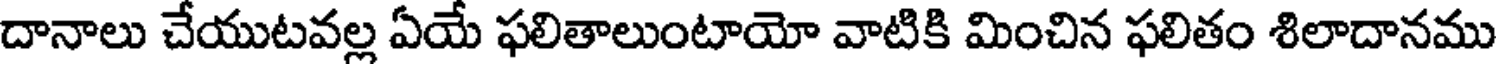
దానాలు చేయుటవల్ల ఏయే ఫలితాలుంటాయో వాటికి మించిన ఫలితం శిలాదానము